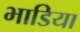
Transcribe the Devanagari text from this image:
भाडिया